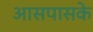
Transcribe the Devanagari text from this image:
आसपासके